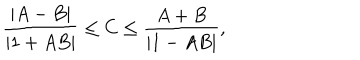
{ \frac { | A - B | } { | 1 + A B | } } \leq C \leq { \frac { A + B } { | 1 - A B | } } ,